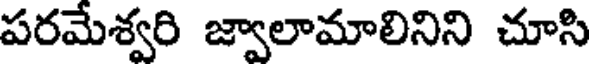
పరమేశ్వరి జ్వాలామాలినిని చూసి